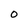
Character: O